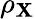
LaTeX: \rho_{\mathbf{X}}